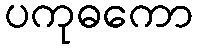
ပကုဓကော